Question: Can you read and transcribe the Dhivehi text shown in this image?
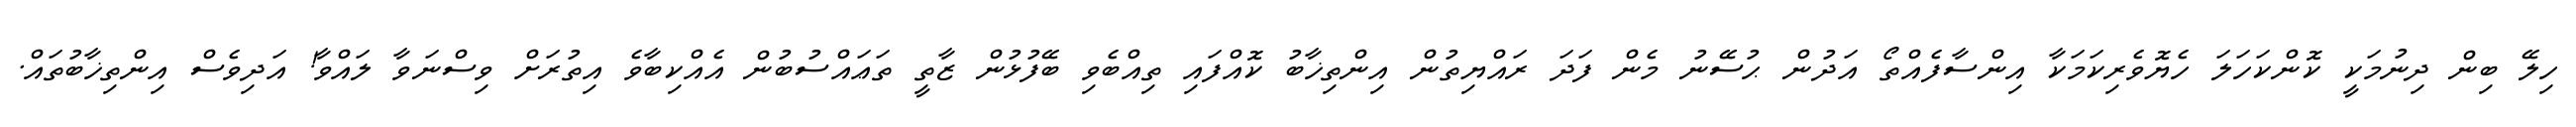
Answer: ހިލޭ ބިން ދިނުމަކީ ކޮންކަހަލަ ހެޔޮވެރިކަމަކާ އިންސާފެއްތޯ އަދުން ޙުސޭނު މެން ފަދަ ރައްޔިތުން އިންތިޚާބު ކޮއްފައި ތިއްބެވި ބޭފުޅުން ޒާތީ ތަޢައްސުބުން އެއްކިބާވެ އިތުރަށް ވިސްނަވާ ލައްވާ! އަދިވެސް އިންތިޚާބުތައް.